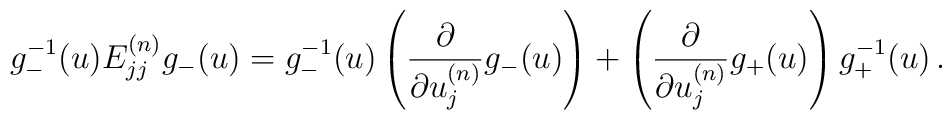
g_{-}^{-1} (u)  E^{(n)}_{jj} g_{-} (u) = g_{-}^{-1}(u) \left( \frac{\partial}{\partial u^{(n)}_j} g_{-} (u) \right)+\left( \frac{\partial}{\partial u^{(n)}_j} g_{+} (u) \right) g_{+}^{-1}(u) \, .